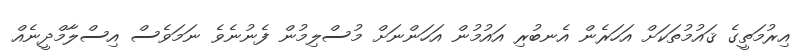
އިރުމަތީގެ ޤައުމުތަކަށް އަހަރެން އެނބުރި އައުމުން އަހަންނަށް މުސްލިމުން ފެނުނެވެ ނަމަވެސް އިސްލާމްދީނެއް